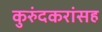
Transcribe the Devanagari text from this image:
कुरुंदकरांसह